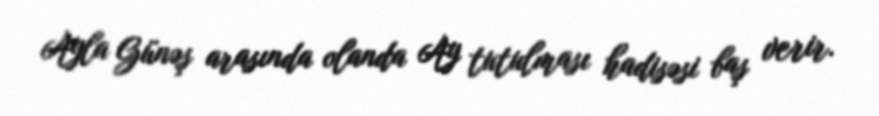
Ayla Günəş arasında olanda Ay tutulması hadisəsi baş verir.